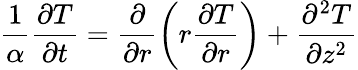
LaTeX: \frac{1}{\alpha}\frac{\partial T}{\partial t}=\frac{\partial}{\partial r}\left(r\frac{\partial T}{\partial r}\right)+\frac{\partial^{2}T}{\partial z^{2}}